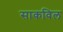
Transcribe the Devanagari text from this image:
साकविल